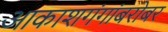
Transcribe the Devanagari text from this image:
आकाशगंगांबरोबर